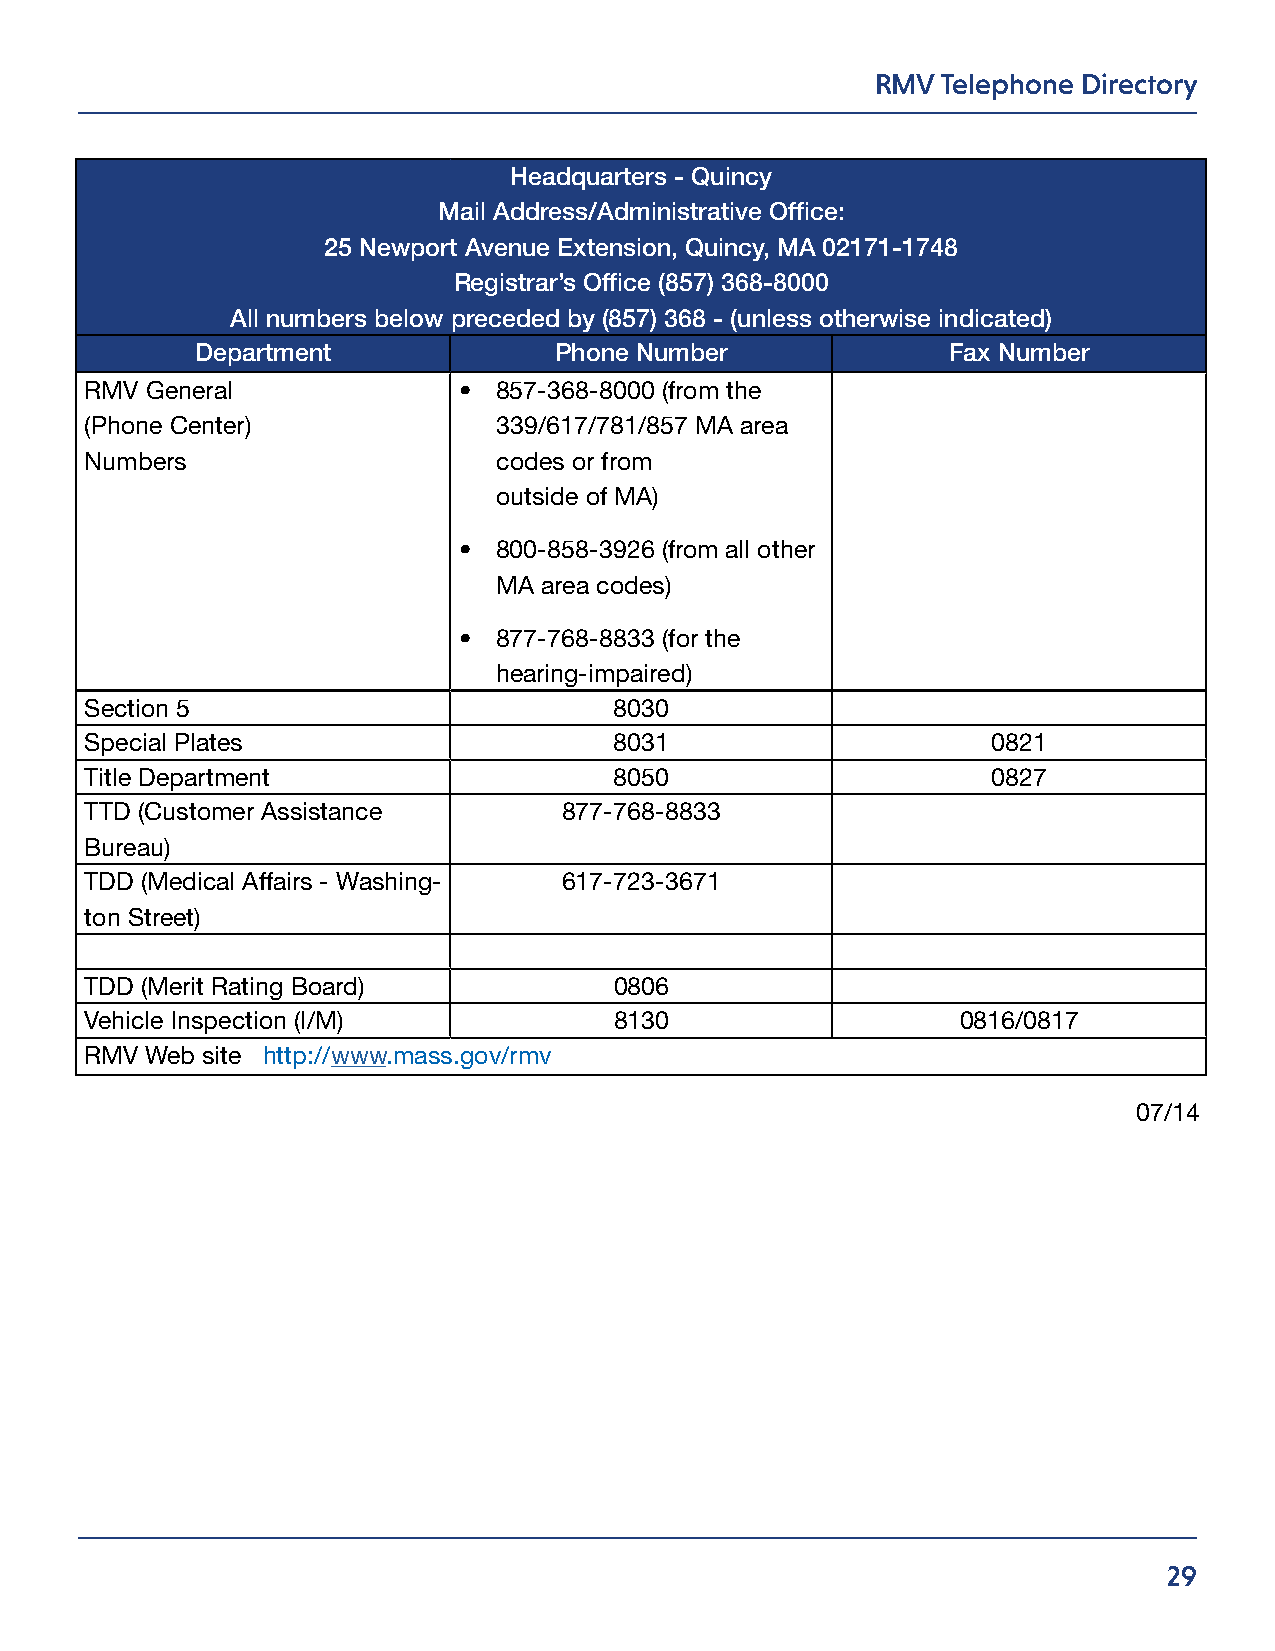
RMV Telephone Directory
 Headquarters - Quincy
 Mail Address/Administrative Office:
 25 Newport Avenue Extension, Quincy, MA 02171-1748
 Registrar’s Office (857) 368-8000
 All numbers below preceded by (857) 368 - (unless otherwise indicated)
 Department              Phone Number              Fax Number
 RMV General             •  857-368-8000 (from the
 (Phone Center)             339/617/781/857 MA area
 Numbers                    codes or from
 outside of MA)
 •  800-858-3926 (from all other
 MA area codes)
 •  877-768-8833 (for the
 hearing-impaired)
 Section 5                          8030
 Special Plates                     8031                     0821
 Title Department                   8050                     0827
 TTD (Customer Assistance       877-768-8833
 Bureau)
 TDD (Medical Affairs - Washing- 617-723-3671
 ton Street)
 TDD (Merit Rating Board)           0806
 Vehicle Inspection (I/M)           8130                   0816/0817
 RMV Web site http://www.mass.gov/rmv
 07/14
 29